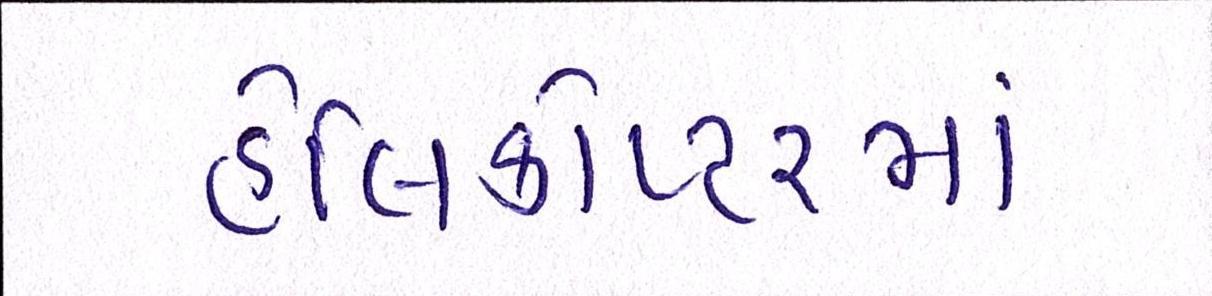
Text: હેલિકોપ્ટરમાં